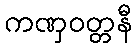
ကဏှဝတ္တနီ